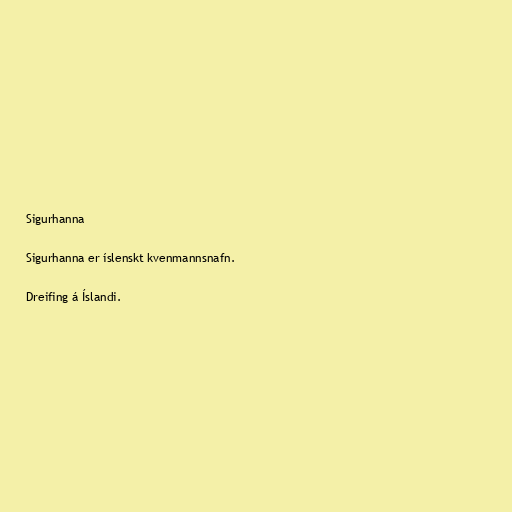
Sigurhanna

Sigurhanna er íslenskt kvenmannsnafn.

Dreifing á Íslandi.